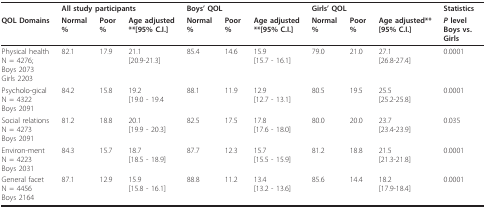
<table><thead><tr><td></td><td colspan="3"><b>All study participants</b></td><td colspan="3"><b>Boys&#x27; QOL </b></td><td colspan="3"><b>Girls&#x27; QOL </b></td><td><b>Statistics </b></td></tr><tr><td><b>QOL Domains</b></td><td><b>Normal%</b></td><td><b>Poor%</b></td><td><b>Age adjusted**[95% C.I.]</b></td><td><b>Normal%</b></td><td><b>Poor%</b></td><td><b>Age adjusted**[95% C.I.]</b></td><td><b>Normal%</b></td><td><b>Poor%</b></td><td><b>Age adjusted**[95% C.I.]</b></td><td><b><i>P </i>levelBoys vs.Girls</b></td></tr></thead><tbody><tr><td>Physical healthN = 4276;Boys 2073Girls 2203</td><td>82.1</td><td>17.9</td><td>21.1[20.9-21.3]</td><td>85.4</td><td>14.6</td><td>15.9[15.7 - 16.1]</td><td>79.0</td><td>21.0</td><td>27.1[26.8-27.4]</td><td>0.0001</td></tr><tr><td>Psycholo-gicalN = 4322Boys 2091</td><td>84.2</td><td>15.8</td><td>19.2[19.0 - 19.4</td><td>88.1</td><td>11.9</td><td>12.9[12.7 - 13.1]</td><td>80.5</td><td>19.5</td><td>25.5[25.2-25.8]</td><td>0.0001</td></tr><tr><td>Social relationsN = 4273Boys 2091</td><td>81.2</td><td>18.8</td><td>20.1[19.9 - 20.3]</td><td>82.5</td><td>17.5</td><td>17.8[17.6 - 18.0]</td><td>80.0</td><td>20.0</td><td>23.7[23.4-23.9]</td><td>0.035</td></tr><tr><td>Environ-mentN = 4223Boys 2031</td><td>84.3</td><td>15.7</td><td>18.7[18.5 - 18.9]</td><td>87.7</td><td>12.3</td><td>15.7[15.5 - 15.9]</td><td>81.2</td><td>18.8</td><td>21.5[21.3-21.8]</td><td>0.0001</td></tr><tr><td>General facetN = 4456Boys 2164</td><td>87.1</td><td>12.9</td><td>15.9[15.8 - 16.1]</td><td>88.8</td><td>11.2</td><td>13.4[13.2 - 13.6]</td><td>85.6</td><td>14.4</td><td>18.2[17.9-18.4]</td><td>0.0001</td></tr></tbody></table>